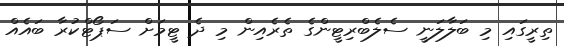
ތިރީގައި މި ބަލާލަނީ ސެލެބްރިޓީންގެ ތެރެއިން މި ދެ ޓީމަށް ސަޕޯޓްކުރާ ބައެއް